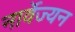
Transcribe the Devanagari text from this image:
नार्वेज्यन